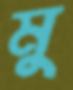
মু